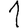
Digit: 1